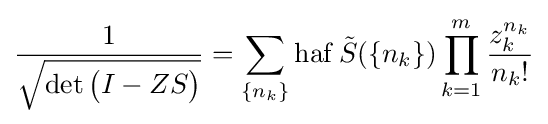
{\frac {1}{\sqrt {\det {\big (}I-ZS{\big )}}}}=\sum _{\{n_{k}\}}\operatorname {haf} {\tilde {S}}(\{n_{k}\})\prod _{k=1}^{m}{\frac {z_{k}^{n_{k}}}{n_{k}!}}